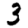
Digit: 3